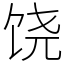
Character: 饶